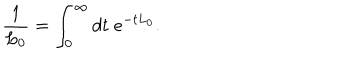
LaTeX: \frac { 1 } { L _ { 0 } } = \int _ { 0 } ^ { \infty } d t \; e ^ { - t L _ { 0 } } .